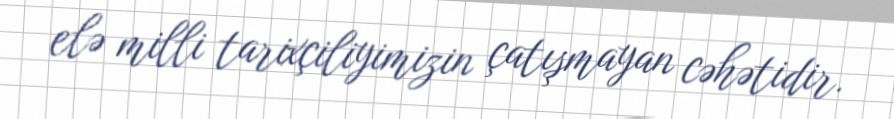
elə milli tarixçiliyimizin çatışmayan cəhətidir.